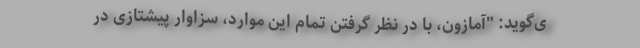
ی‌گوید: "آمازون، با در نظر گرفتن تمام این موارد، سزاوار پیشتازی در